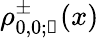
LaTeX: \rho_{0,0;\mathscr{k}}^{\pm}(x)